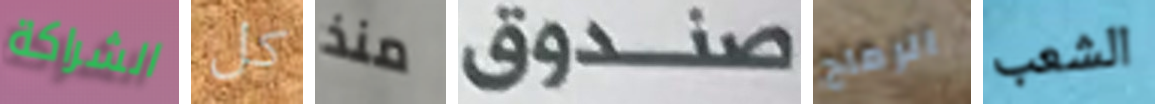
الشراكة كل منذ صندوق الرماح الشعب